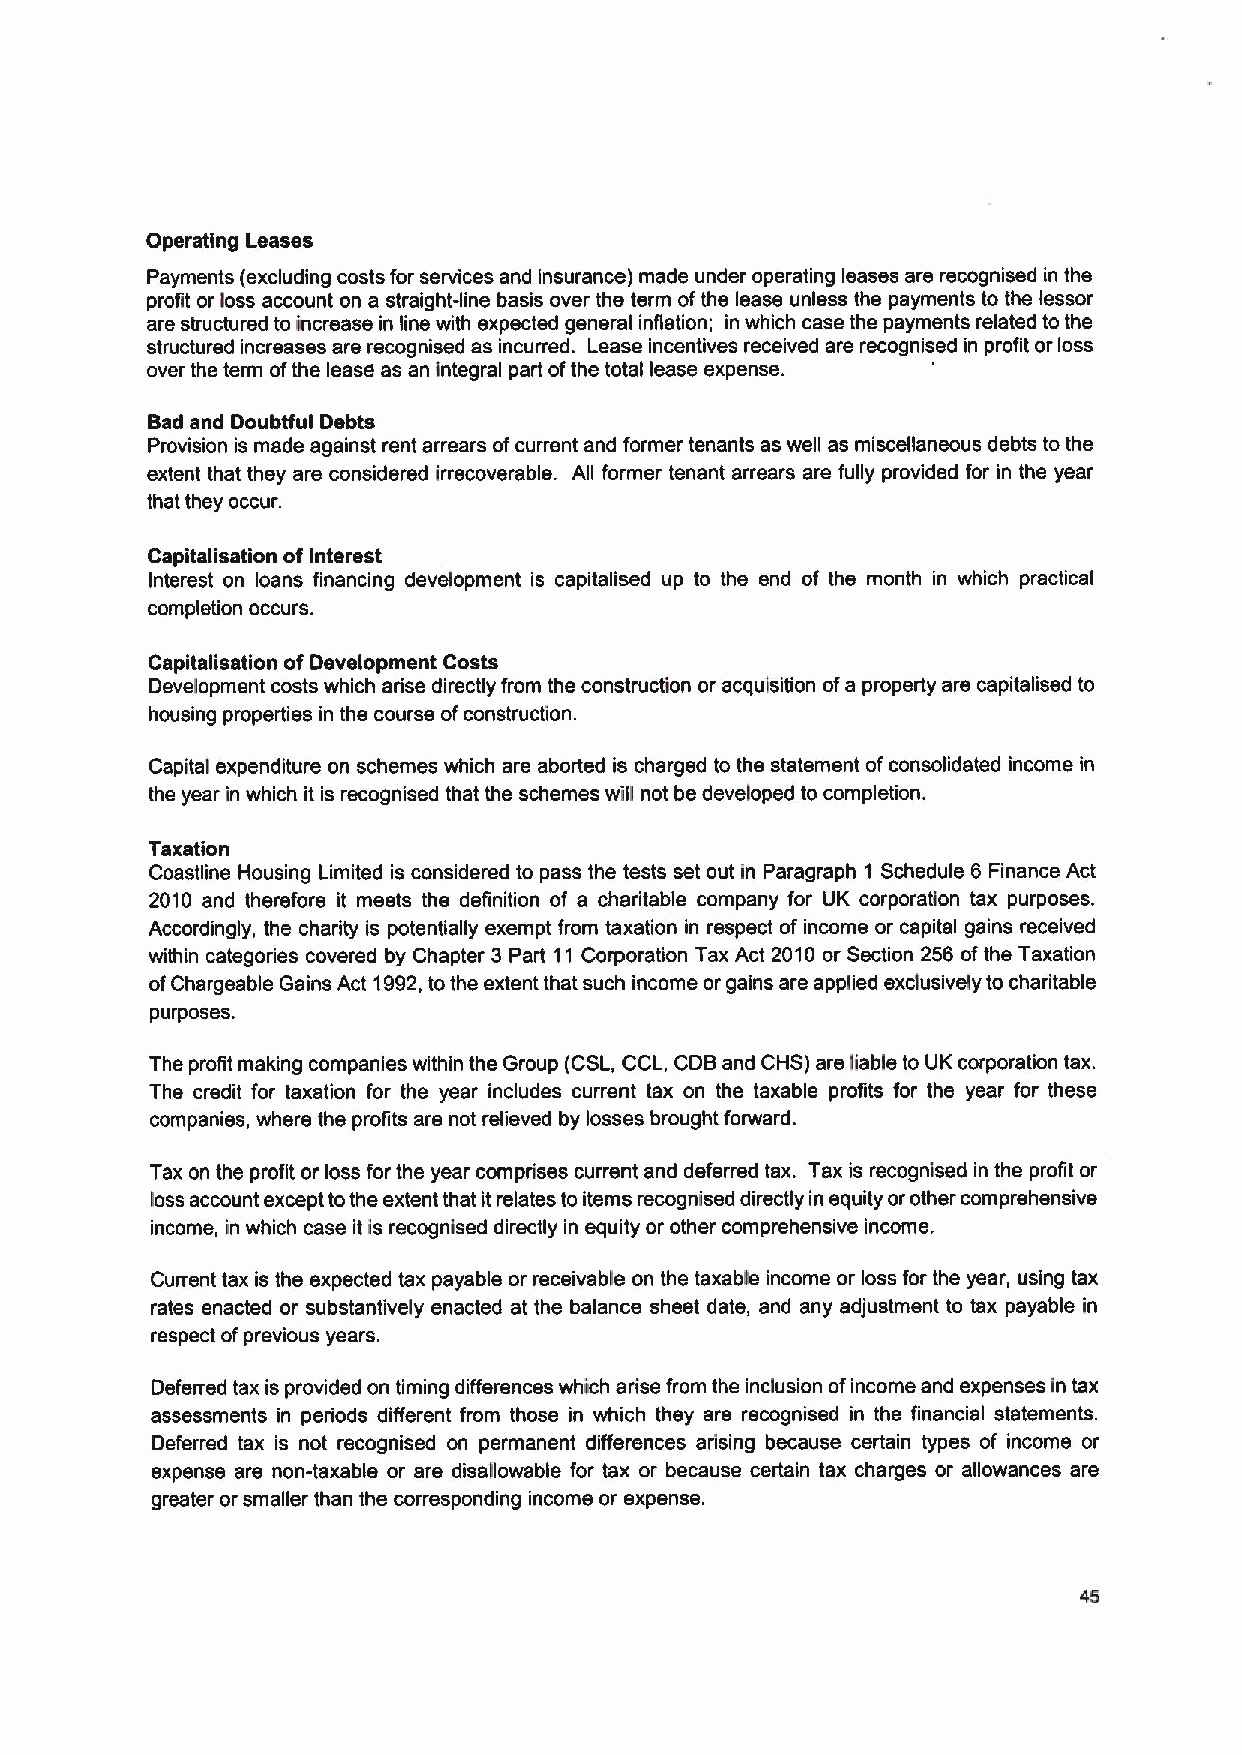
Operating Leases
 Payments (excluding costs for services and insurance) made under operating leases are recognised in the
 profit or loss account on a straight-line basis over the term ofthe lease unless the payments to the lessor
 are structured to increase in line with expected general inflation; in which case the payments related to the
 structured increases are recognised as incurred. Lease incentives received are recognised in profit or loss
 over the term ofthe lease as an integral part ofthe total lease expense.
 Bad and Doubfful Debts
 Provision is made against rent arrears ofcurrent and former tenants as well as miscellaneous debts to the
 extent that they are considered irrecoverable. All former tenant arrears are fully provided for in the year
 that they occur.
 Capitalisation of Interest
 Interest on loans financing development is capitalised up to the end of the month in which practical
 completion occurs.
 Capitalisation of Development Costs
 Development costs which arise directly from the construction or acquisition ofa property are capitalised to
 housing properties in the course ofconstruction.
 Capital expenditure on schemes which are aborted is charged to the statement ofconsolidated income in
 the year in which it is recognised that the schemes will not be developed to completion.
 Taxation
 Coastline Housing Limited is considered to pass the tests set out in Paragraph 1 Schedule 6 Finance Act
 2010 and therefore it meets the definition of a charitable company for UK corporation tax purposes.
 Accordingly, the charity is potentially exempt from taxation in respect of income or capital gains received
 within categories covered by Chapter 3 Part 11 Corporation Tax Act 2010 or Section 256 ofthe Taxation
 ofChargeable Gains Act 1992,tothe extent that such income or gains are applied exclusively to charitable
 purposes.
 The profit making companies within the Group (CSL,CCL, CDBand CHS) are liable to UK corporation tax.
 The credit for taxation for the year includes current tax on the taxable profits for the year for these
 companies, where the profits are not relieved by losses brought forward.
 Tax on the profit or loss for the year comprises current and deferred tax. Tax is recognised in the profit or
 loss account except tothe extent that itrelates to items recognised directly in equity orother comprehensive
 income, in which case it is recognised directly in equity or other comprehensive income.
 Current tax is the expected tax payable or receivable on the taxable income or loss for the year, using tax
 rates enacted or substantively enacted at the balance sheet date, and any adjustment to tax payable in
 respect ofprevious years.
 Deferred tax is provided on timing differences which arise from the inclusion ofincome and expenses in tax
 assessments in periods different from those in which they are recognised in the financial statements.
 Deferred tax is not recognised on permanent differences adising because certain types of income or
 expense are non-taxable or are disallowable for tax or because certain tax charges or allowances are
 greater or smaller than the corresponding income or expense.
 45